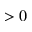
> 0